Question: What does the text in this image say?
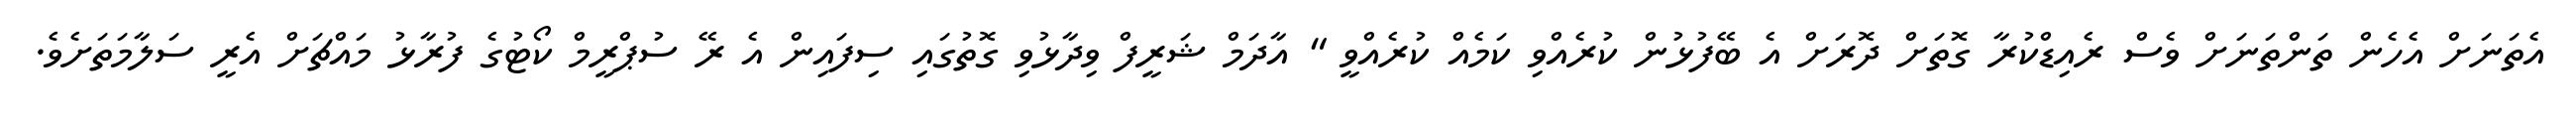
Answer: އެތަނަށް އެހެން ތަންތަނަށް ވެސް ރެއިޑްކުރާ ގޮތަށް ދޮރަށް އެ ބޭފުޅުން ކުރެއްވި ކަމެއް ކުރެއްވީ " އާދަމް ޝަރީފް ވިދާޅުވި ގޮތުގައި ސިފައިން އެ ރޭ ސުޕްރީމް ކޯޓުގެ ފުރާޅު މައްޗަށް އެރީ ސަލާމަތަށެވެ.